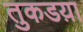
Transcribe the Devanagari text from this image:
तुकडय़ा